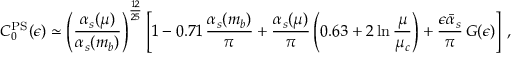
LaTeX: C _ { 0 } ^ { \mathrm { P S } } ( \epsilon ) \simeq \left( \frac { \alpha _ { s } ( \mu ) } { \alpha _ { s } ( m _ { b } ) } \right) ^ { \frac { 1 2 } { 2 5 } } \left[ 1 - 0 . 7 1 \, \frac { \alpha _ { s } ( m _ { b } ) } { \pi } + \frac { \alpha _ { s } ( \mu ) } { \pi } \left( 0 . 6 3 + 2 \ln \frac { \mu } { \mu _ { c } } \right) + \frac { \epsilon \bar { \alpha } _ { s } } { \pi } \, G ( \epsilon ) \right] \, ,